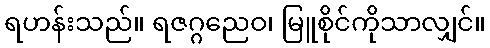
ရဟန်းသည်။ ရဇဂ္ဂညေဝ၊ မြူစိုင်ကိုသာလျှင်။